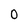
Character: 0